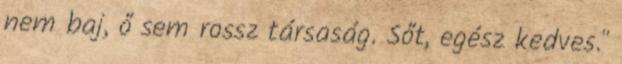
nem baj, ő sem rossz társaság. Sőt, egész kedves."